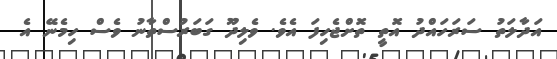
އަދާލަތު ސަރަހައްދު އޮތީ ތޮށްޖެހިފަ އެވެ. ވެލިދޫ ގަބަރުސްތާނު ވެސް ހިމެނޭ އެ